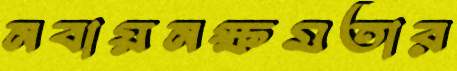
নবায়নক্ষমতার